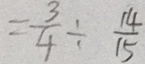
= \frac { 3 } { 4 } \div \frac { 1 4 } { 1 5 }